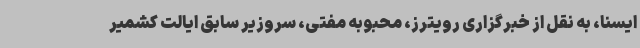
ایسنا، به نقل از خبرگزاری رویترز، محبوبه مفتی، سروزیر سابق ایالت کشمیر